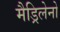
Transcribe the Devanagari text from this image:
मैड्रिलेनो